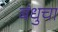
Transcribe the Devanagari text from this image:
बंधुचा